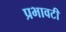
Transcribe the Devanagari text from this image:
प्रभावटी